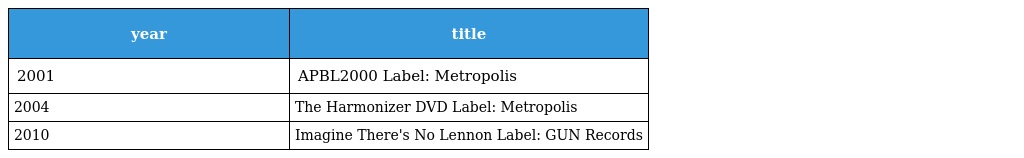
| year | title |
 | --- | --- |
 | 2001 | APBL2000 Label: Metropolis |
 | 2004 | The Harmonizer DVD Label: Metropolis |
 | 2010 | Imagine There's No Lennon Label: GUN Records |